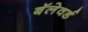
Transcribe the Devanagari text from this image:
बॅलेवर्ड